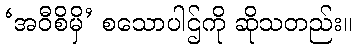
‘အဝီစိမှိ’ စသောပါဌ်ကို ဆိုသတည်း။